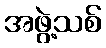
အဖွဲ့သစ်